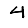
Digit: 4